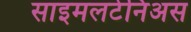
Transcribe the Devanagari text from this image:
साइमलटेनिअस